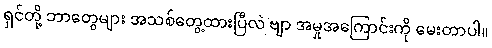
ရှင်တို့ ဘာတွေများ အသစ်တွေ့ထားပြီလဲ ဗျာ အမှုအကြောင်းကို မေးတာပါ။